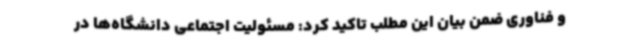
و فناوری ضمن بیان این مطلب تاکید کرد: مسئولیت اجتماعی دانشگاه‌ها در